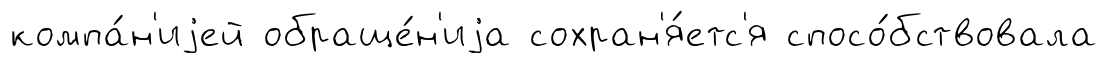
компа́н'иjей обраще́н'иjа сохран'я́етс'я спосо́бствовала